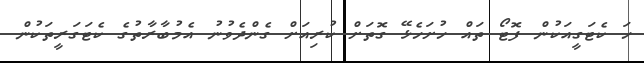
ހަ ކެޓަގީއަކުން ފޮޓޯ ތައް ހުށަހެޅޭ ގޮތަށް ކުރިއަށް ގެންދެވުނު އެމުބާރާތުގެ ކެޓަގަރީތަކުން